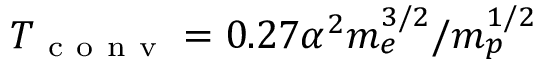
T _ { \mathrm { ~ c ~ o ~ n ~ v ~ } } = 0 . 2 7 \alpha ^ { 2 } m _ { e } ^ { 3 / 2 } / m _ { p } ^ { 1 / 2 }